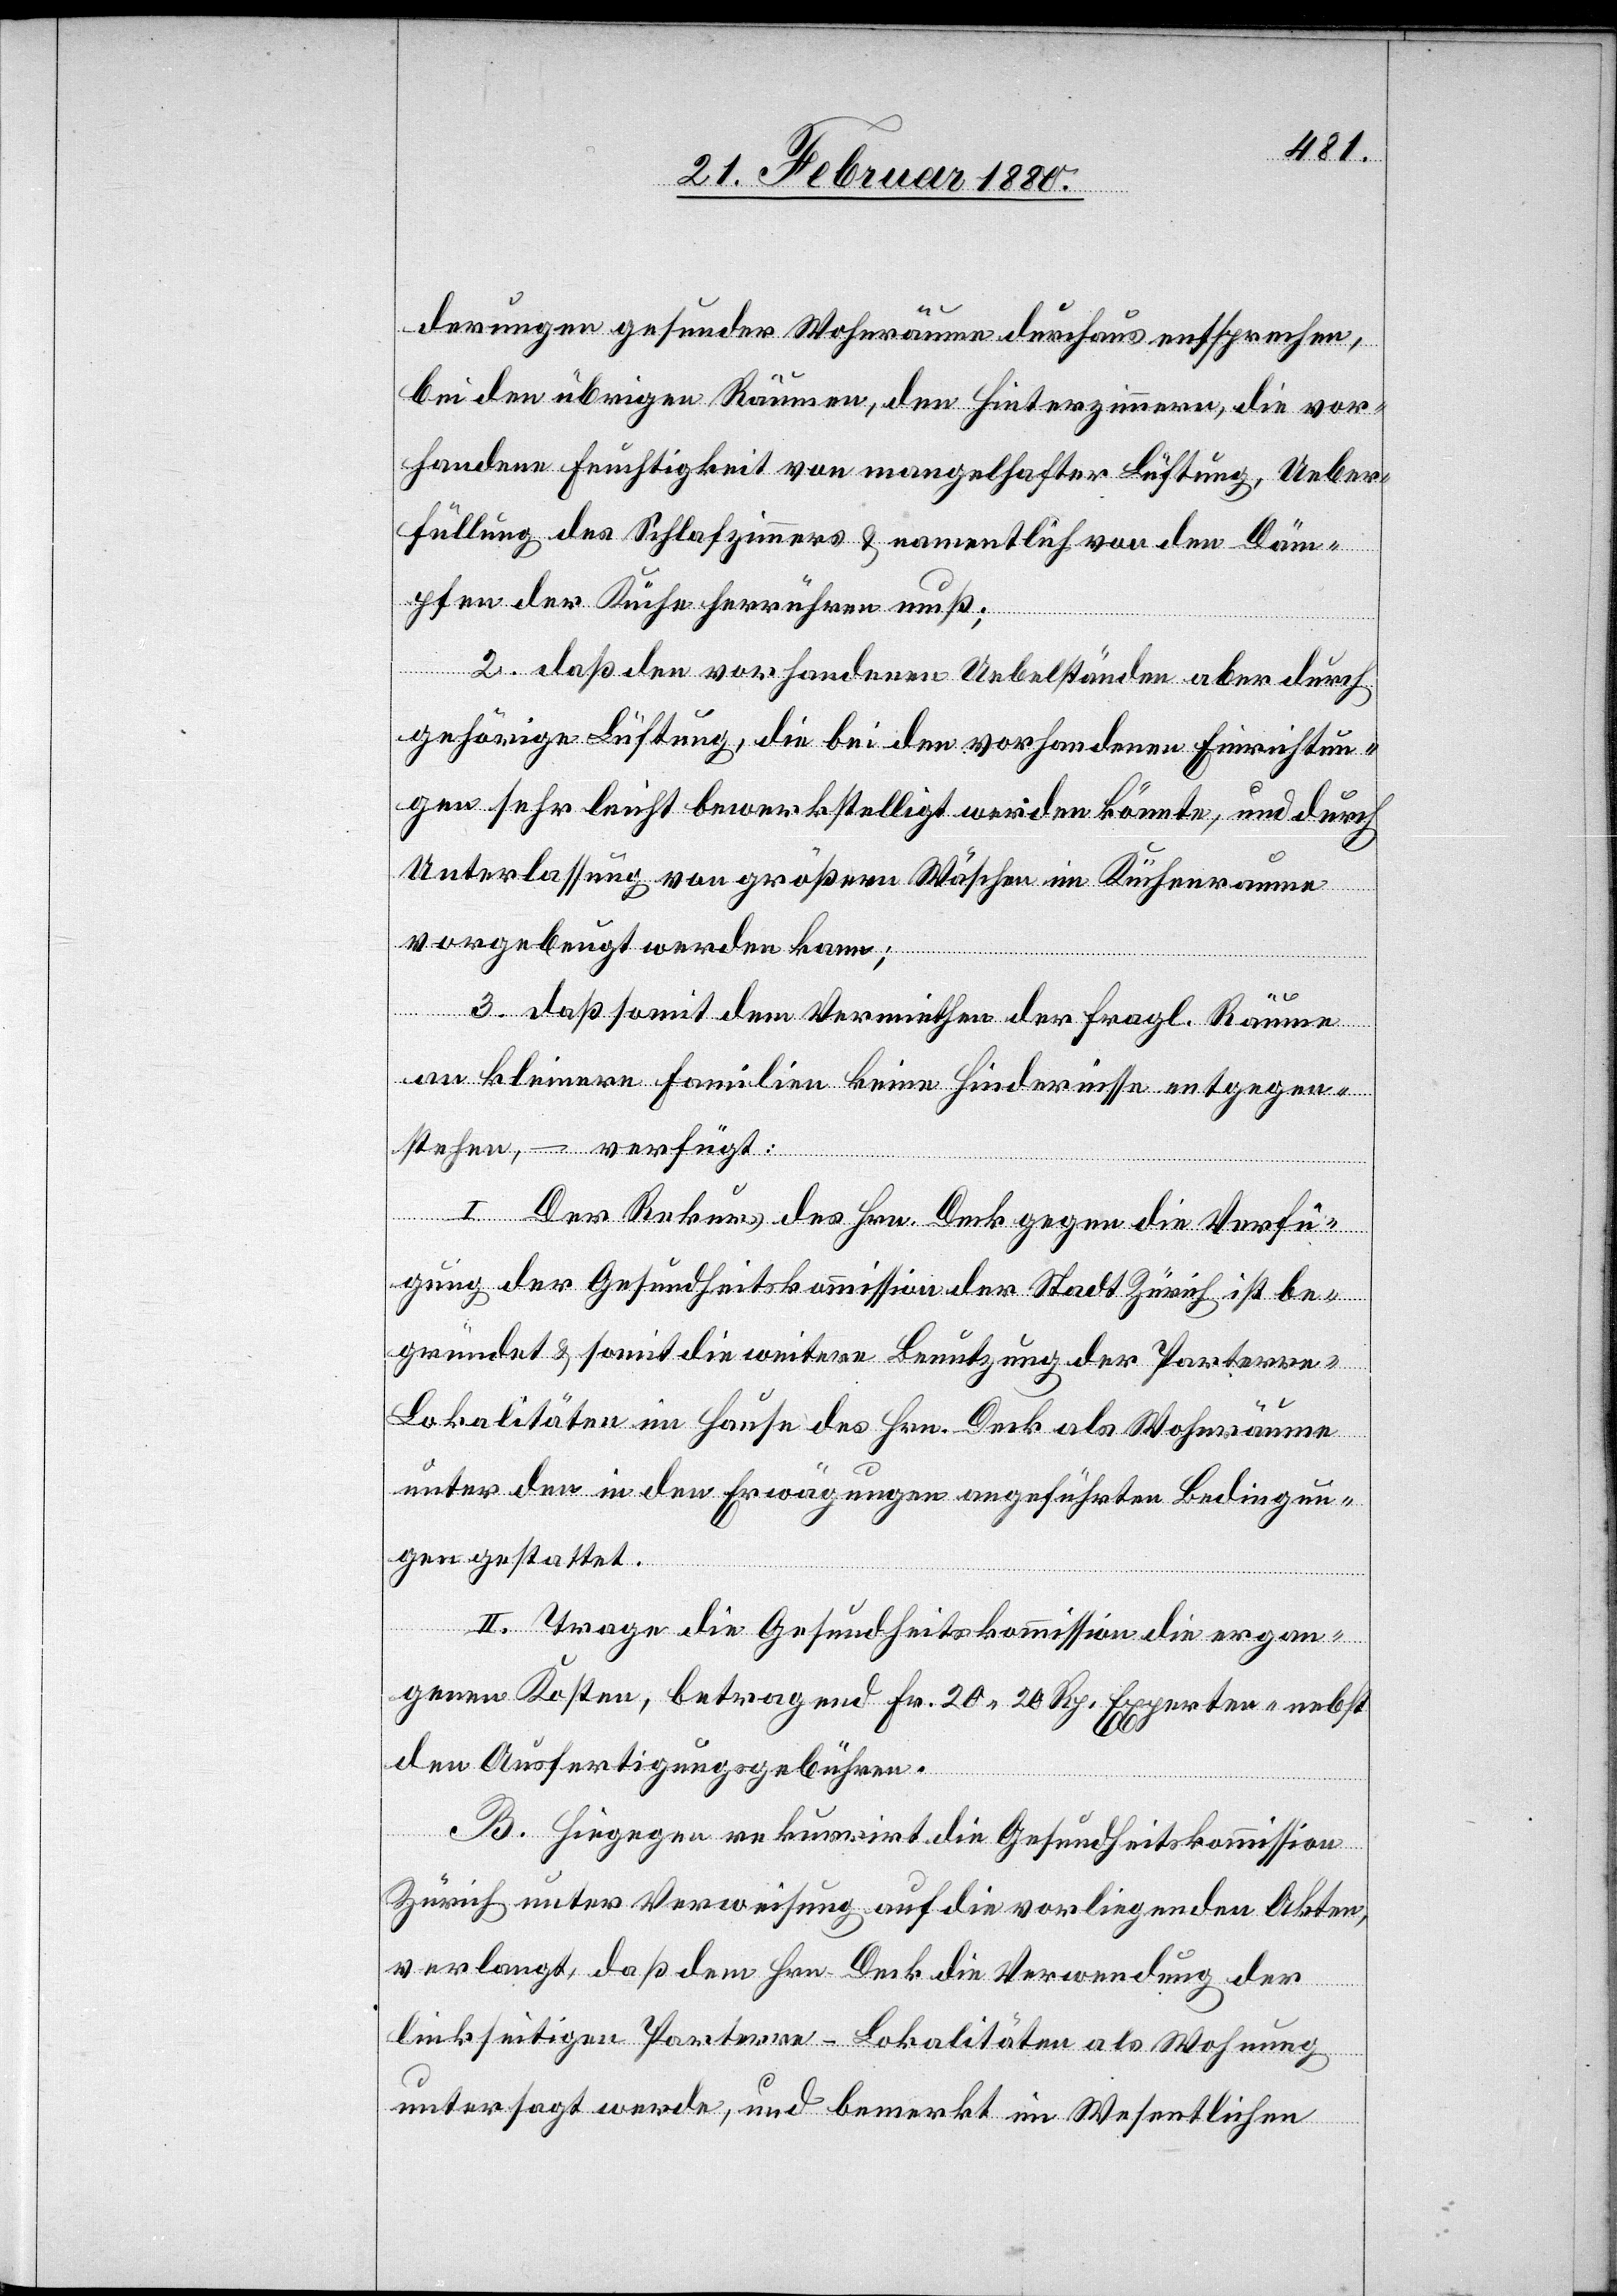
derungen gesunder Wohnräume durchaus entsprechen,
bei den übrigen Räumen, den Hinterzimmern, die vor¬
handene Feuchtigkeit von mangelhafter Lüftung, Ueber¬
füllung des Schlafzimmers & namentlich den Däm¬
pfen der Küche herrühren muß;
2. Daß den vorhandenen Uebelständen aber durch
gehörige Lüftung, die bei den vorhandenen Einrichtun¬
gen sehr leicht bewerkstelligt werden könnte, und durch
Unterlassung von größern Wäschen im Küchenraume
vorgebeugt werden kann;
3. Daß damit dem Vermiethen der fragl. Räume
an kleinere Familien keine Hindernisse entgegen¬
stehen, – verfügt:
I. Der Rekurs des Hrn. Deck gegen die Verfü¬
gung der Gesundheitskommission der Stadt Zürich ist be¬
gründet & somit die weitere Benutzung der Parterr¬
e-Lokalitäten im Hause des Hrn. Deck als Wohnräume
unter den in den Erwägungen angeführten Bedingun¬
gen gestattet.
II. Trage die Gesundheitskommission die ergan¬
genen Kosten, betragend Fr. 20. 20 Rp. Experten- nebst
den Ausfertigungsgebühren.
B. Hiegegen rekurrirt die Gesundheitskommission
Zürich unter Verweisung auf die vorliegenden Akten,
verlangt, daß dem Hrn. Deck die Verwendung der
linksseitigen Parterre-Lokalitäten als Wohnung
untersagt werde, und bemerkt im Wesentlichen